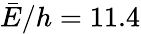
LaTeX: \bar{E}/h=11.4